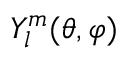
Y _ { l } ^ { m } ( \theta , \varphi )